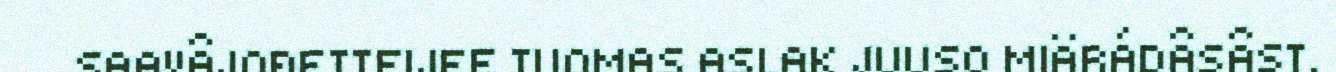
SAAVÂJOĐETTEIJEE TUOMAS ASLAK JUUSO MIÄRÁDÂSÂST.